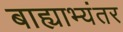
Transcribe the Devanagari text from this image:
बाह्याभ्यंतर